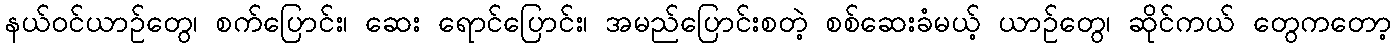
နယ်ဝင်ယာဉ်တွေ၊ စက်ပြောင်း၊ ဆေး ရောင်ပြောင်း၊ အမည်ပြောင်းစတဲ့ စစ်ဆေးခံမယ့် ယာဉ်တွေ၊ ဆိုင်ကယ် တွေကတော့